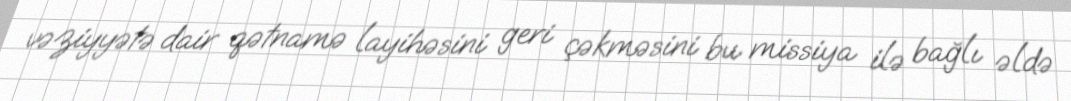
vəziyyətə dair qətnamə layihəsini geri çəkməsini bu missiya ilə bağlı əldə